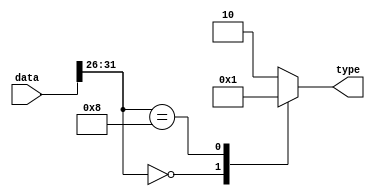
module decoder(data, type);
    input [31:0] data;
    output reg [1:0] type;
    reg [5:0] opcode;

    always @(*) begin
        opcode = data[31:26];
        // $display("data: %d", data);
        // $display("opcode: %d", opcode);
        case (opcode)
            6'b000000: type = 2'b00; // R-type
            6'b001000: type = 2'b01; // I-type
            default: type = 2'b10; // J-type
        endcase
    end
endmodule